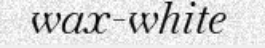
wax-white